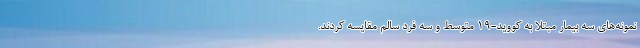
نمونه‌های سه بیمار مبتلا به کووید-۱۹ متوسط و سه فرد سالم مقایسه کردند.